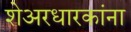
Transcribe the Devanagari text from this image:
शेअरधारकांना